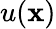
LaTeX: u(\textbf{x})